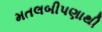
મતલબીપણાથી